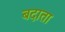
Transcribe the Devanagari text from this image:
बदाता